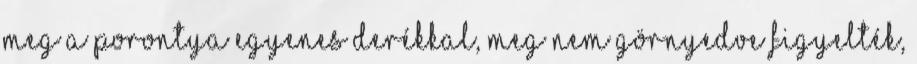
meg a porontya egyenes derékkal, meg nem görnyedve figyelték,